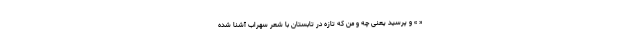
« » و پرسید یعنی چه و من که تازه در تابستان با شعر سهراب آشنا شده